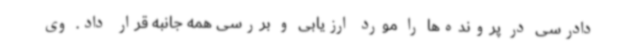
دادرسی در پرونده‌ها را مورد ارزیابی و بررسی همه جانبه قرار داد. وی